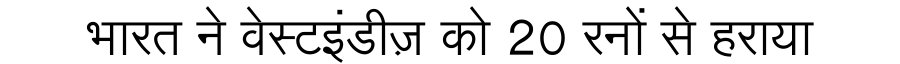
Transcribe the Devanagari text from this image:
भारत ने वेस्टइंडीज़ को 20 रनों से हराया